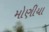
મોણીયા